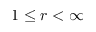
1 \le r < \infty